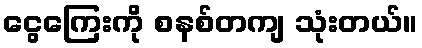
ငွေကြေးကို စနစ်တကျ သုံးတယ်။